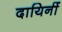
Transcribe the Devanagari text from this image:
दायिनीं